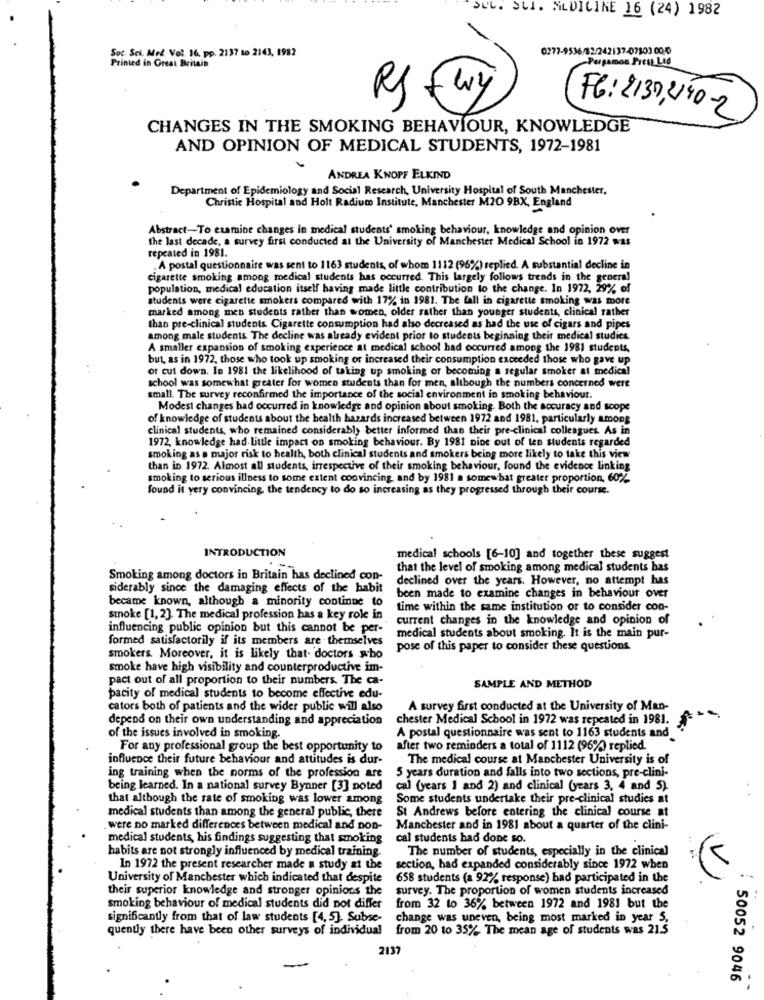
SUL. SLI. MEDICINE 16 (24) 1982
Soc. Sci. Med. Vol. 16, pp. 2137 to 2143, 1982
0277-9536/82/242137-407503 00-0
-Pergamon Prett Lid
Printed in Great Britain
RJ
wy
FG: 2130,2150-2
CHANGES IN THE SMOKING BEHAVIOUR, KNOWLEDGE
AND OPINION OF MEDICAL STUDENTS, 1972-1981
ANDREA KNOPF ELKIND
Department of Epidemiology and Social Research, University Hospital of South Manchester,
Christie Hospital and Holt Radium Institute, Manchester M2O 9BX, England
Abstract-To examine changes in medical students' smoking behaviour, knowledge and opinion over
the last decade, a survey first conducted at the University of Manchester Medical School in 1972 was
repeated in 1981.
. A postal questionnaire was sent to 1163 students, of whom 1112 (96%) replied. A substantial decline in
cigarette smoking among medical students has occurred. This largely follows trends in the general
population, medical education itself having made little contribution to the change. In 1972, 29% of
students were cigarette smokers compared with 17% in 1981. The fall in cigarette smoking was more
marked among men students rather than women, older rather than younger students, clinical rather
than pre-clinical students Cigarette consumption had also decreased as had the use of cigars and pipes
among male students The decline was already evident prior to students beginning their medical studies.
A smaller expansion of smoking experience at medical school had occurred among the 1981 students,
but, as in 1972, those who took up smoking or increased their consumption exceeded those who gave up
or cut down. In 1981 the likelihood of taking up smoking of becoming a regular smoker at medical
school was somewhat greater for women students than for men, although the numbers concerned were
small. The survey reconfirmed the importance of the social environment in smoking behaviour.
Modest changes had occurred in knowledge and opinion about smoking. Both the accuracy and scope
of knowledge of students about the health hazards increased between 1972 and 1981, particularly among
clinical students who remained considerably better informed than their pre-clinical colleagues. As in
1972, knowledge had-Little impact on smoking behaviour. By 1981 Dine out of ten students regarded
smoking as a major risk to health, both clinical students and smokers being more likely to take this view
than in 1972. Almost all students, irrespective of their smoking behaviour, found the evidence Linking
smoking to serious illness to some extent convincing and by 1981 a somewhat greater proportion. 60%
found it yery convincing the tendency to do so increasing as they progressed through their course.
INTRODUCTION
medical schools [6-10] and together these suggest
that the level of smoking among medical students bas
Smoking among doctors in Britain has declined con-
declined over the years. However, no attempt has
siderably since the damaging effects of the habit
became known, although a minority continue to
been made to examine changes in behaviour over
time within the same institution or to consider con-
smoke [1, 2]. The medical profession has a key role in
current changes in the knowledge and opinion of
influencing public opinion but this cannot be per-
formed satisfactorily if its members are themselves
medical students about smoking. It is the main pur-
pose of this paper to consider these questions
smokers. Moreover, it is likely that. doctors who
smoke have high visibility and counterproductive im-
pact out of all proportion to their numbers. The ca-
SAMPLE AND METHOD
pacity of medical students to become effective edu-
cators both of patients and the wider public will also
A survey first conducted at the University of Man-
depend on their own understanding and appreciation
chester Medical School in 1972 was repeated in 1981.
of the issues involved in smoking.
A postal questionnaire was sent to 1163 students and
For any professional group the best opportunity to
after two reminders a total of 1112 (96%) replied.
influence their future behaviour and attitudes is dur-
The medical course at Manchester University is of
ing training when the norms of the profession are
5 years duration and falls into two sections, pre-clini-
being learned. In a national survey Bynner [3] noted
cal (years ] and 2) and clinical (years 3, 4 and 5).
that although the rate of smoking was lower among
Some students undertake their pre-clinical studies at
St Andrews before entering the clinical course at
medical students than among the general public, there
. were no marked differences between medical and non-
Manchester and in 1981 about a quarter of the clini-
medical students, his findings suggesting that smoking
cal students had done so.
habits are not strongly influenced by medical training.
The number of students, especially in the clinical
In 1972 the present researcher made a study at the
section, had expanded considerably since 1972 when
University of Manchester which indicated that despite
658 students (a 92% response) had participated in the
their superior knowledge and stronger opinions the
survey. The proportion of women students increased
smoking behaviour of medical students did not differ
from 32 to 36% between 1972 and 1981 but the
significantly from that of law students [4,5]. Subse-
change was uneven, being most marked in year 5.
quently there have been other surveys of individual from 20 to 35% The mean age of students was 21.5
2137
50052 9046
--